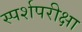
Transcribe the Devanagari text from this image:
स्पर्शपरीक्षा